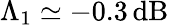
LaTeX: \Lambda_{1}\simeq-0.3\, \mathrm{dB}